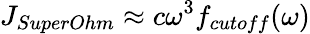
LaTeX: {{J}_{SuperOhm}}\approx c{{\omega}^{3}}{{f}_{cutoff}}(\omega)